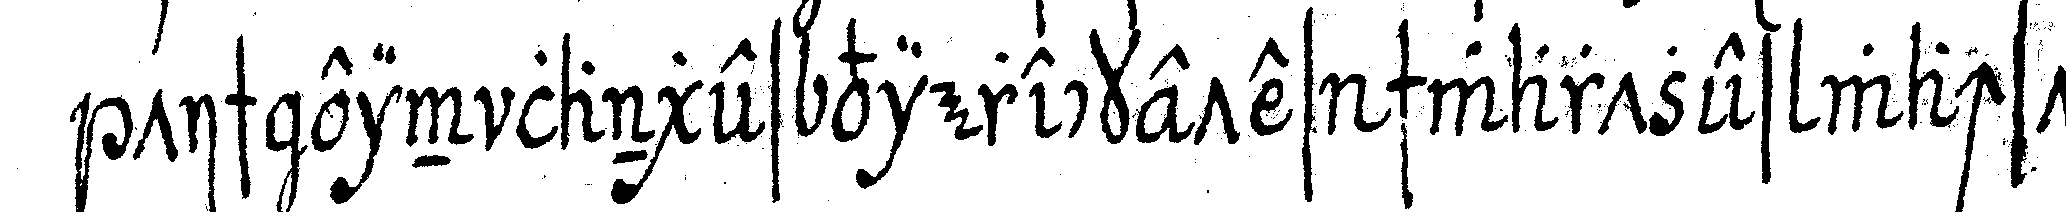
tisch ein langes vierecketes schwartzes wachstu